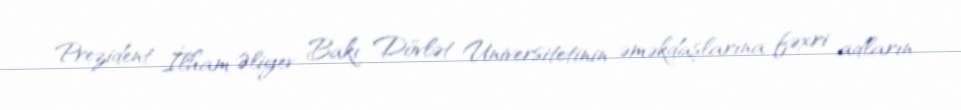
Prezident İlham Əliyev Bakı Dövlət Universitetinin əməkdaşlarına fəxri adların